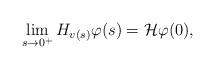
LaTeX: \begin{align*}\lim_{s\to 0^+}H_{v(s)}\varphi(s)=\mathcal{H}\varphi(0),\end{align*}